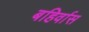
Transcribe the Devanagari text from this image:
बहिर्वास